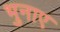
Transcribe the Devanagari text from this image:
भुनाए